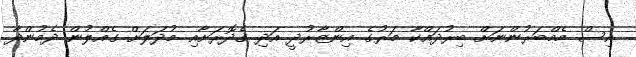
އިސް މެމްބަރުންނަށް ބިރުދައްކާ މަރުގެ އިންޒާރުދީ އަދި ގެދޮރަށާއި މުދަލަށް ގެއްލުން ދެމުންދާ